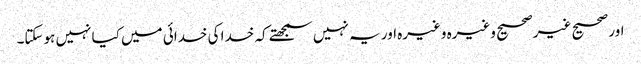
اور صحیح غیرصحیح وغیرہ وغیرہ اور یہ نہیں سمجھتے کہ خدا کی خدائی میں کیا نہیں ہوسکتا۔